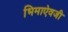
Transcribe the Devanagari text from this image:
भिमाऐवजी